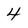
Character: 4